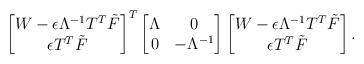
LaTeX: \begin{align*} \begin{bmatrix} W - \epsilon \Lambda^{-1} T^T \tilde F\\ \epsilon T^T \tilde F\end{bmatrix}^T\begin{bmatrix}\Lambda & 0 \\ 0 & - \Lambda^{-1}\end{bmatrix}\begin{bmatrix}W - \epsilon \Lambda^{-1} T^T \tilde F \\ \epsilon T^T \tilde F\end{bmatrix}.\end{align*}